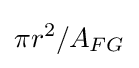
\pi r^{2}/A_{FG}